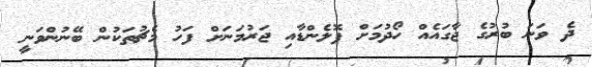
ދެ ވަަނަ ބުރުގެ ޖާގައެއް ހޯދުމަށް ޕޮލެންޑާއި ޖަރުމަނަށް ފަހު މެޗުތަކުން ބޭނުންވަނީ